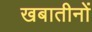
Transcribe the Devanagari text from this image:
खबातीनों